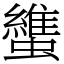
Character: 䗽